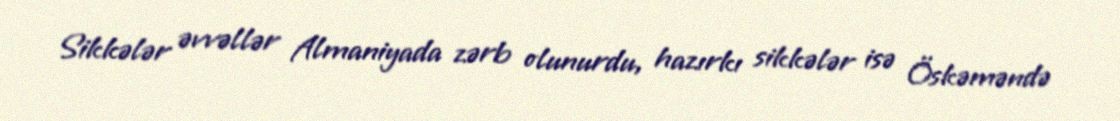
Sikkələr əvvəllər Almaniyada zərb olunurdu, hazırkı sikkələr isə Öskəməndə